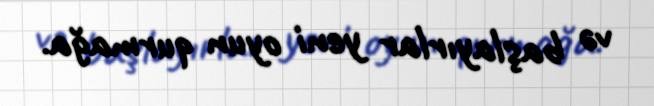
və başlayırlar yeni oyun qurmağa.